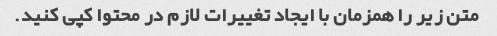
متن زیر را همزمان با ایجاد تغییرات لازم در محتوا کپی کنید.